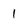
Character: 1